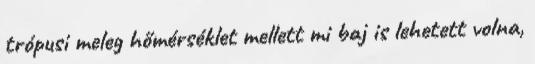
trópusi meleg hőmérséklet mellett mi baj is lehetett volna,